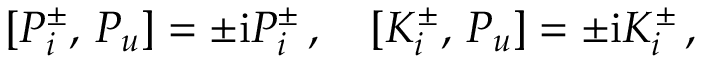
{ } [ P _ { i } ^ { \pm } , \, P _ { u } ] = \pm \mathrm { i } P _ { i } ^ { \pm } \, , \quad { } [ K _ { i } ^ { \pm } , \, P _ { u } ] = \pm \mathrm { i } K _ { i } ^ { \pm } \, ,